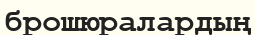
брошюралардың